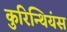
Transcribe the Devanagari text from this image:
कुरिन्थियंस